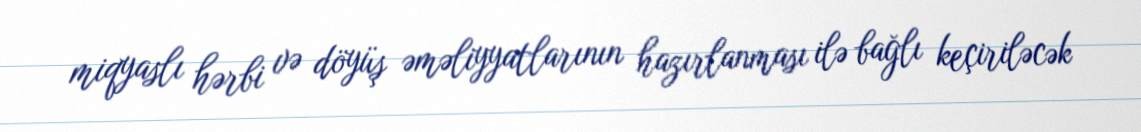
miqyaslı hərbi və döyüş əməliyyatlarının hazırlanması ilə bağlı keçiriləcək